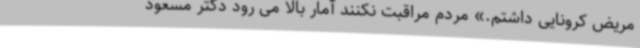
مریض کرونایی داشتم.» مردم مراقبت نکنند آمار بالا می رود دکتر مسعود